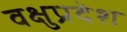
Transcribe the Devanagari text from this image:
वक्षुप्रदेश